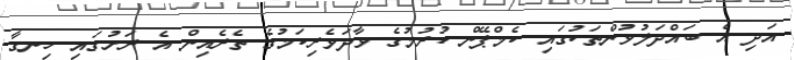
އަދި އެ ބައްދަލުވުންތަކުގައި ކެމްޕޭން ކުރުމުގެ ވާދަވެރިކަމުގެ ތެރެއިން އެ ރަށުގައި ހިނގާ